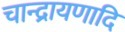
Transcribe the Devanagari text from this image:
चान्द्रायणादि